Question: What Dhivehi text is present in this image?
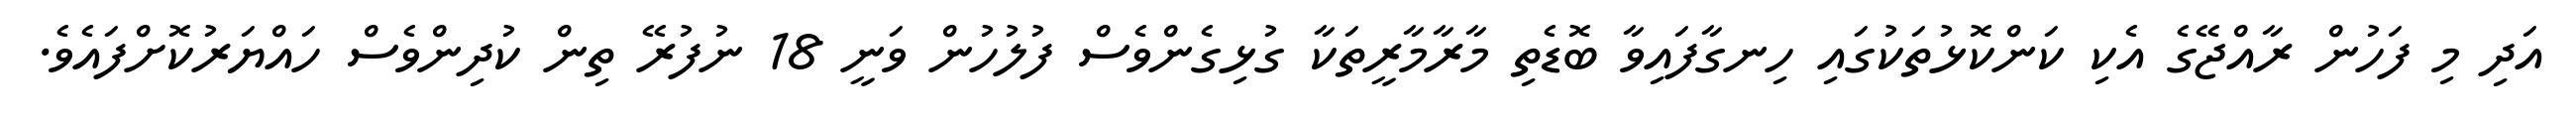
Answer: އަދި މި ފަހުން ރާއްޖޭގެ އެކި ކަންކޮޅުތަކުގައި ހިނގާފައިވާ ބޮޑެތި މާރާމާރީތަކާ ގުޅިގެންވެސް ފުލުހުން ވަނީ 18 ނުފުރޭ ތިން ކުދިންވެސް ހައްޔަރުކޮށްފައެވެ.